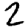
Digit: 2